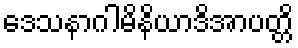
ဒေသနာဂါမိနိယာဒိအာပတ္တိ